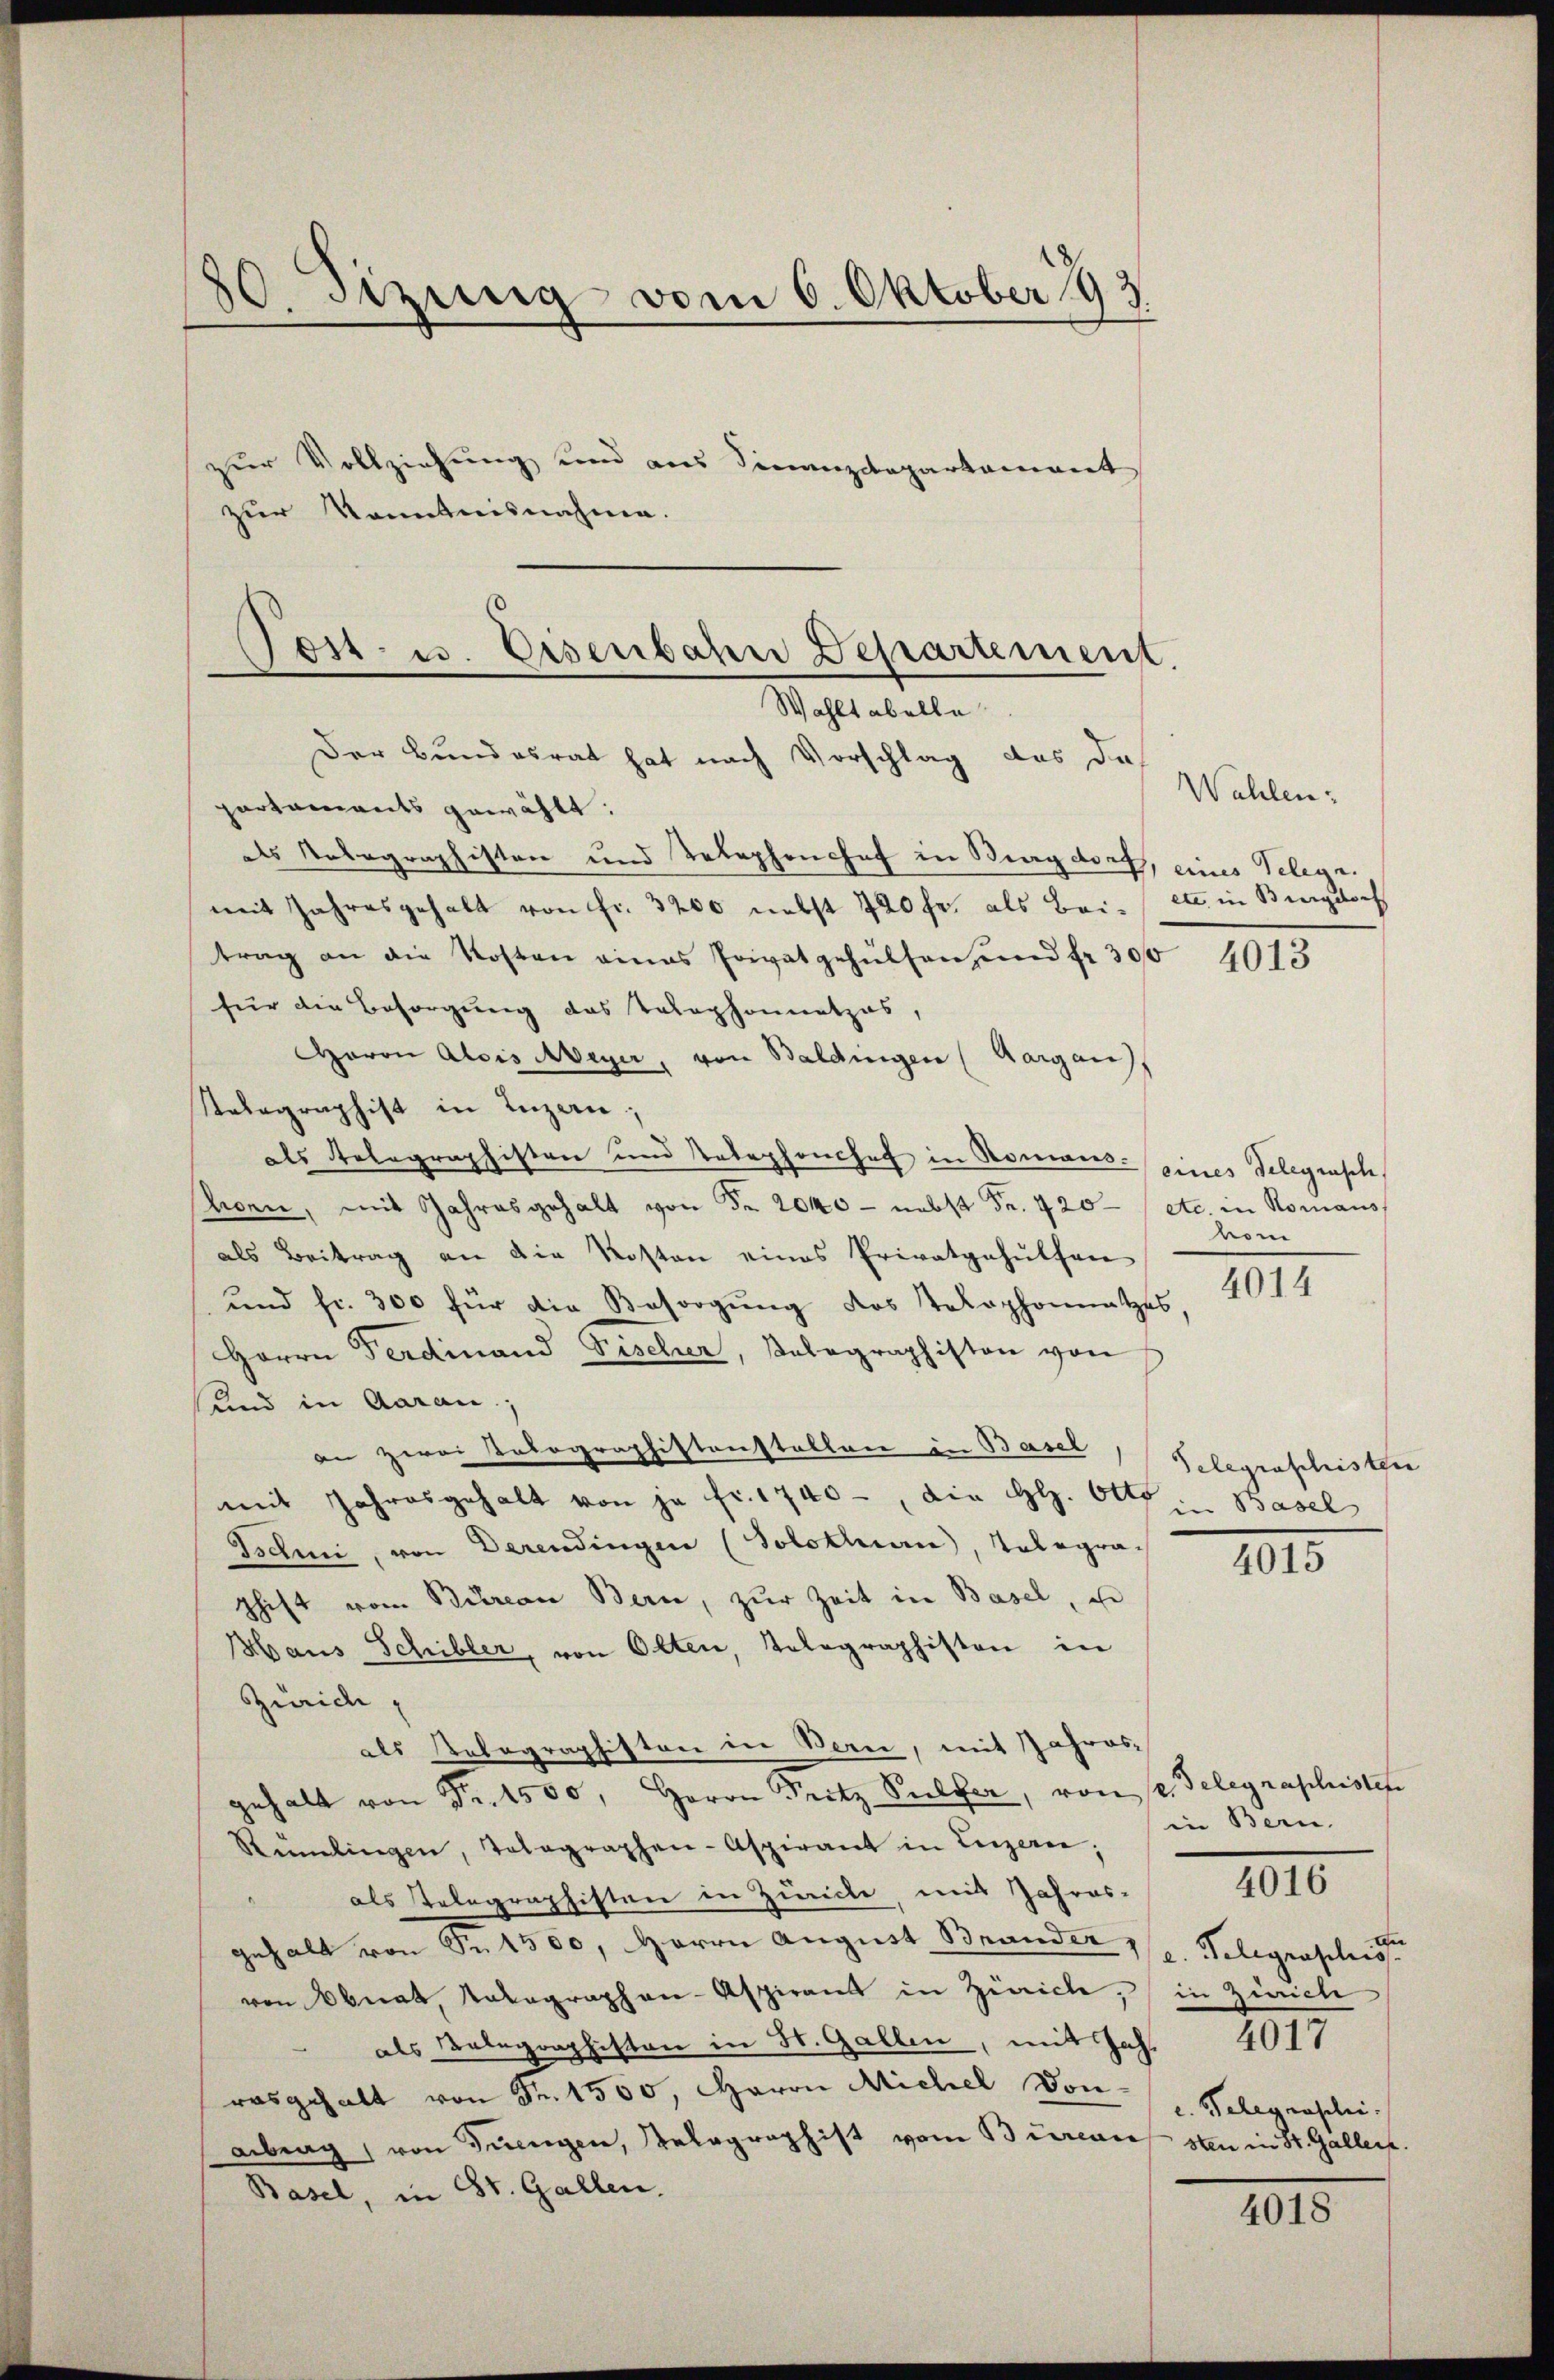
80. Sitzung vom 6. Oktober 193
zur Vollziehung und aus Finanzdepartament
zur Kenntnisnahme.

Post. u. Eisenbahn Departement
Wahlt abelle

Der Bundesrat hat nach Vorschlag das da
partaments gewählt:
als Notographisten und Telephonshof in Burgdorf, eines Telege,
mit Jahresgehalt von fr. 3200 nebst 720 fr. als Bei etc. in Biegstorf
trag an die Kosten eines Privatgehülfen, und Fr. 300 4013
für die Besorgung das Telephonnetzes,
Haron Alois Meyer, von Baldingen (Aargau
Telegraphist in Luzern;
als Relegraphisten und Telephonshof in Romans eines Telegrasche,
honn, mit Jahresgehalt von Fr. 2040 - nebst Fr. 420 / etc. in Romans
als Beitrag an die Kosten eines Privatgehülfen
und fr. 300 für die Besorgung des Telephonnetzes
Herrn Ferdinand Fischer, Telegraphiston von
und in Aarau
an zwei Tolographistenstellen in Basel Gelegraschister
mit Jahresgehalt von je fr. 1740 -, die Gl. Otto in Basel
Tsdi, von Derendingen (Solothurn, Telegraschift vom Bureau Bern, zŭr Zeit in Basel, u
Maus Schibler, von Olten, Tolographiston in
Zürich,
als Relegraphiston in Bern, mit Jahres
gehalt von Fr. 1500, Herrn Pritz Sulzer, von sei delegraphistete
Rumlingen, Tolographen-Aspirant in Luzern,
" als Telegraphisten in Zürich, mit Jahres-
gehalt von Fr. 1500, Herrn August Brander Telegraphist
von Abnat, Rotagraphen-Aspirant in Zürich, in Zürich
als Belegraphisten in St. Gallen, mit Jah
rasgehalt von Fr. 1500, Haron Michel Donabrag, von Jungen, Relegraphist vom Bureau sten in St. Gallers.
Basel, in St. Gallen.

Wahlen;

vom

XIII

1015

in Bern.
4017
c. Telegraschei.

4016

4018